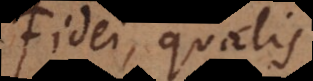
Fidei, qualis